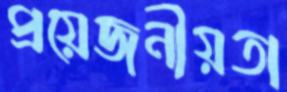
প্রয়েজনীয়তা